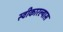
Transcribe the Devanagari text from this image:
स्वीकारल्यास